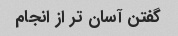
گفتن آسان تر از انجام